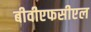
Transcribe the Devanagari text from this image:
बीवीएफसीएल